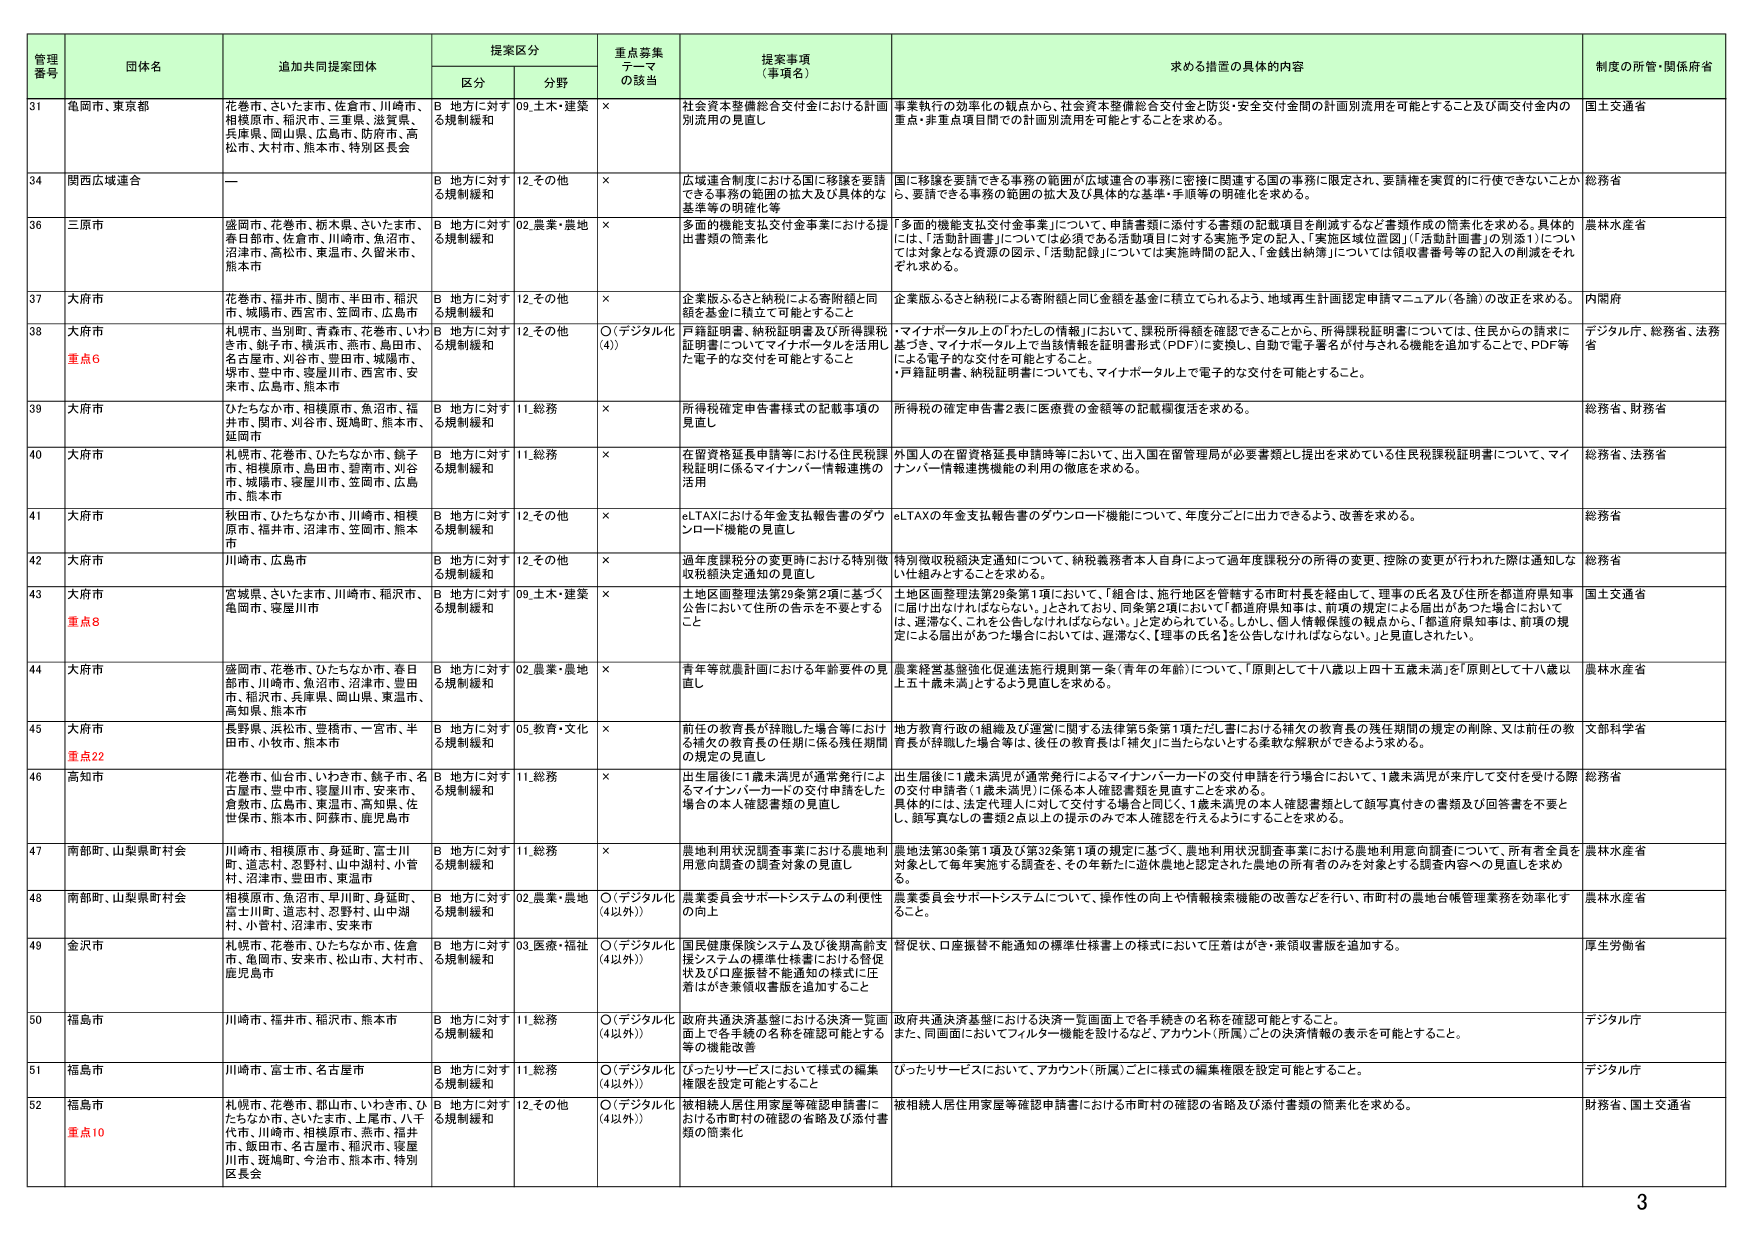
管理番号 団体名 追加共同提案団体 提案区分 重点募集テーマの該当 提案事項（事項名） 求める措置の具体的内容 制度の所管・関係府省
区分 分野
31 亀岡市、東京都 花巻市、さいたま市、佐倉市、川崎市、相模原市、稲沢市、三重県、滋賀県、兵庫県、岡山県、広島市、防府市、高松市、大村市、熊本市、特別区長会 B 地方に対する規制緩和 09.土木・建築 × 社会資本整備総合交付金における計画別流用の見直し 事業執行の効率化の観点から、社会資本整備総合交付金と防災・安全交付金間の計画別流用を可能とすること及び両交付金内の重点・非重点項目間での計画別流用を可能とすることを求める。 国土交通省
34 関西広域連合 ー B 地方に対する規制緩和 12.その他 × 広域連合制度における国に移譲を要請できる事務の範囲の拡大及び具体的な基準等の明確化等 国に移譲を要請できる事務の範囲が広域連合の事務に密接に関連する国の事務に限定され、要請権を実質的に行使できないことから、要請できる事務の範囲の拡大及び具体的な基準・手順等の明確化を求める。 総務省
36 三原市 盛岡市、花巻市、栃木県、さいたま市、春日部市、佐倉市、川崎市、魚沼市、沼津市、高松市、築地市、久留米市、熊本市 B 地方に対する規制緩和 02.農業・農地 × 多面的機能支払交付金事業における提出書類の簡素化 「多面的機能支払交付金事業」について、申請書類に添付する書類の記載項目を削減するなど書類作成の簡素化を求める。具体的には、「活動計画書」については必須である活動項目に対する実施予定の記入、「実施区域位置図」（「活動計画書」の別添1）については対象となる資産の図示、「活動記録」については実施時間の記入、「金銭出納簿」については領収書番号等の記入の削減をそれぞれ求める。 農林水産省
37 大府市 花巻市、福井市、関市、半田市、稲沢市、城陽市、西宮市、笠間市、広島市 B 地方に対する規制緩和 12.その他 × 企業版ふるさと納税による寄附額と同額を基金に積立て可能とすること 企業版ふるさと納税による寄附額と同じ金額を基金に積立てられるよう、地域再生計画認定申請マニュアル（各論）の改正を求める。 内閣府
38 大府市 重点6 札幌市、当別町、青森市、花巻市、いわき市、銚子市、横浜市、燕市、島田市、名古屋市、刈谷市、豊田市、城陽市、堺市、豊中市、寝屋川市、西宮市、安来市、広島市、熊本市 B 地方に対する規制緩和 12.その他 ○（デジタル化（4）） 戸籍証明書、納税証明書及び所得税証明書についてマイナポータルを活用した電子的な交付を可能とすること ・マイナポータル上の「わたしの情報」において、課税所得額を確認できることから、所得税証明書については、住民からの請求に基づき、マイナポータル上で当該情報を証明書形式（PDF）に変換し、自動で電子署名が付与される機能を追加することで、PDF等による電子的な交付を可能とすること。 ・戸籍証明書、納税証明書についても、マイナポータル上で電子的な交付を可能とすること。 デジタル庁、総務省、法務省
39 大府市 ひたちなか市、相模原市、魚沼市、福井市、関市、刈谷市、斑鳩町、熊本市、延岡市 B 地方に対する規制緩和 11.総務 × 所得税確定申告書様式の記載事項の見直し 所得税の確定申告書2表に医療費の金額等の記載欄復活を求める。 総務省、財務省
40 大府市 札幌市、花巻市、ひたちなか市、銚子市、相模原市、島田市、碧南市、刈谷市、城陽市、寝屋川市、笠間市、広島市、熊本市 B 地方に対する規制緩和 11.総務 × 在留資格延長申請等における住民税課税証明に係るマイナンバー情報連携の活用 外国人の在留資格延長申請等において、出入国在留管理局が必要書類とし提出を求めてい住民税課税証明書について、マイナンバー情報連携機能の利用の徹底を求める。 総務省、法務省
41 大府市 秋田市、ひたちなか市、川崎市、相模原市、福井市、沼津市、笠間市、熊本市 B 地方に対する規制緩和 12.その他 × eLTAXにおける年金支払報告書のダウンロード機能の見直し eLTAXの年金支払報告書のダウンロード機能について、年度分ごとに出力できるよう、改善を求める。 総務省
42 大府市 川崎市、広島市 B 地方に対する規制緩和 12.その他 × 過年度課税分の変更時における特別徴収税額決定通知の見直し 特別徴収税額決定通知について、納税義務者本人自身によって過年度課税分の所得の変更、控除の変更が行われた際は通知しないうちに届出とすることを求める。 総務省
43 大府市 重点8 宮城県、さいたま市、川崎市、稲沢市、亀岡市、寝屋川市 B 地方に対する規制緩和 09.土木・建築 × 土地区画整理法第29条第2項に基づく公告において住所の告示を不要とするこ 土地区画整理法第29条第1項において、「組合は、施行地区を管轄する市町村長を経由して、理事の氏名及び住所を都道府県知事に届け出なければならない。」とされており、同条第2項において「都道府県知事は、前項の規定による届出があった場合においては、遅滞なく、これを公告しなければならない。」と定められている。しかし、個人情報保護の観点から、「都道府県知事は、前項の規定による届出があった場合においては、遅滞なく、『理事の氏名』を公告しなければならない。」と見直されたい。 国土交通省
44 大府市 盛岡市、花巻市、ひたちなか市、春日部市、川崎市、魚沼市、沼津市、豊田市、稲沢市、兵庫県、岡山県、東温市、高知県、熊本市 B 地方に対する規制緩和 02.農業・農地 × 青年等就農計画における年齢要件の見直し 農業経営基盤強化促進法施行規則第一条（青年の年齢）について、「原則として十八歳以上四十五歳未満」を「原則として十八歳以上五十歳未満」とするよう見直しを求める。 農林水産省
45 大府市 重点22 長野県、浜松市、豊橋市、一宮市、半田市、小牧市、熊本市 B 地方に対する規制緩和 05.教育・文化 × 前任の教育長が辞職した場合等における補欠の教育長の任期に係る残任期間の規定の見直し 地方教育行政の組織及び運営に関する法律第5条第1項ただし書における補欠の教育長の残任期間の規定の削除、又は前任の教育長が辞職した場合等は、後任の教育長は「補欠」に当たらないとする柔軟な解釈ができるよう求める。 文部科学省
46 高知市 花巻市、仙台市、いわき市、銚子市、名古屋市、豊中市、寝屋川市、安来市、倉敷市、広島市、東温市、高知県、佐世保市、熊本市、阿蘇市、鹿児島市 B 地方に対する規制緩和 11.総務 × 出生届後に1歳未満児が通常発行によるマイナンバーカードの交付申請を行う場合において、1歳未満児が来庁して交付を受ける際の本人確認書類の見直し 出生届後に1歳未満児が通常発行によるマイナンバーカードの交付申請を行う場合において、1歳未満児が来庁して交付を受ける際の交付申請者（1歳未満児）に係る本人確認書類を見直すことを求める。 具体的には、法定代理人に対して交付する場合と同く、1歳未満児の本人確認書類として顔写真付きの書類及び回答書を不要とし、顔写真なしの書類2点以上の提示のみで本人確認を行えるようにすることを求める。 総務省
47 南部町、山梨県町村会 川崎市、相模原市、身延町、富士川町、道志村、忍野村、山中湖村、小菅村、沼津市、豊田市、東温市 B 地方に対する規制緩和 11.総務 × 農地利用状況調査事業における農地利用意向調査の調査対象の見直し 農地法第30条第1項及び第32条第1項の規定に基づく、農地利用状況調査事業における農地利用意向調査について、所有者全員を対象として毎年実施する調査を、その年新たに遊休農地と認定された農地の所有者のみを対象とする調査内容への見直しを求める。 農林水産省
48 南部町、山梨県町村会 相模原市、魚沼市、早川町、身延町、富士川町、道志村、忍野村、山中湖村、小菅村、沼津市、安来市 B 地方に対する規制緩和 02.農業・農地 ○（デジタル化（4以外）） 農業委員会サポートシステムの利便性の向上 農業委員会サポートシステムについて、操作性の向上や情報検索機能の改善などを行い、市町村の農地台帳管理業務を効率化すること。 農林水産省
49 金沢市 札幌市、花巻市、ひたちなか市、佐倉市、亀岡市、安来市、松山市、大村市、鹿児島市 B 地方に対する規制緩和 03.医療・福祉 ○（デジタル化（4以外）） 国民健康保険システム及び後期高齢支援システムの標準仕様書における待伏状及び口座振替不能通知の様式に任意はがき兼領収書版を追加すること 督促状、口座振替不能通知の標準仕様書上の様式において任意はがき・兼領収書版を追加する。 厚生労働省
50 福島市 川崎市、福井市、稲沢市、熊本市 B 地方に対する規制緩和 11.総務 ○（デジタル化（4以外）） 政府共通決済基盤における決済一覧画面上で各手続きの名称を確認可能とするこ等の機能改善 政府共通決済基盤における決済一覧画面上で各手続きの名称を確認可能とすること。 また、同画面においてフィルター機能を設けるなど、アカウント（所属）ごとの決済情報の表示を可能とすること。 デジタル庁
51 福島市 川崎市、富士市、名古屋市 B 地方に対する規制緩和 11.総務 ○（デジタル化（4以外）） ひったりサービスにおいて様式の編集権限を設定可能とすること ひったりサービスにおいて、アカウント（所属）ごとに様式の編集権限を設定可能とすること。 デジタル庁
52 福島市 重点10 札幌市、花巻市、郡山市、いわき市、ひたちなか市、さいたま市、上尾市、八千代市、川崎市、相模原市、燕市、福井市、飯田市、名古屋市、稲沢市、寝屋川市、斑鳩町、今治市、熊本市、特別区長会 B 地方に対する規制緩和 12.その他 ○（デジタル化（4以外）） 被相続人居住用家屋等確認申請書における市町村の確認の省略及び添付書類の簡素化を求める。 被相続人居住用家屋等確認申請書における市町村の確認の省略及び添付書類の簡素化を求める。 財務省、国土交通省
3